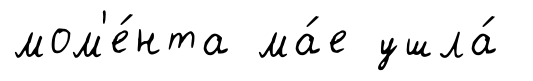
мом'е́нта ма́е ушла́